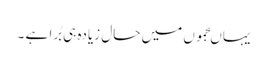
یہاںجموں میں حال زیادہ ہی بُرا ہے ۔